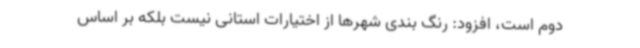
دوم است، افزود: رنگ بندی شهرها از اختیارات استانی نیست بلکه بر اساس